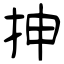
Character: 抻